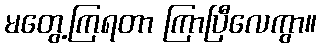
မတွေ့ကြရတာ ကြာပြီလေကွာ။